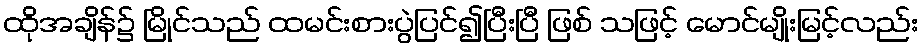
ထိုအချိန်၌ မြိုင်သည် ထမင်းစားပွဲပြင်၍ပြီးပြီ ဖြစ် သဖြင့် မောင်မျိုးမြင့်လည်း